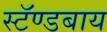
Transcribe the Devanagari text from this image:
स्टॅण्डबाय